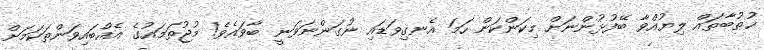
ޚުޠުބާތައް ލިޔުއްވާ ބޭފުޅުންނަށް މިކަންކަން ހަމަ އެނގިވަޑައި ނުގަންނަވަނީ ބާވައެވެ! މުޖުތަމައުގެ އެއްބައިވަންތަކަމަށް